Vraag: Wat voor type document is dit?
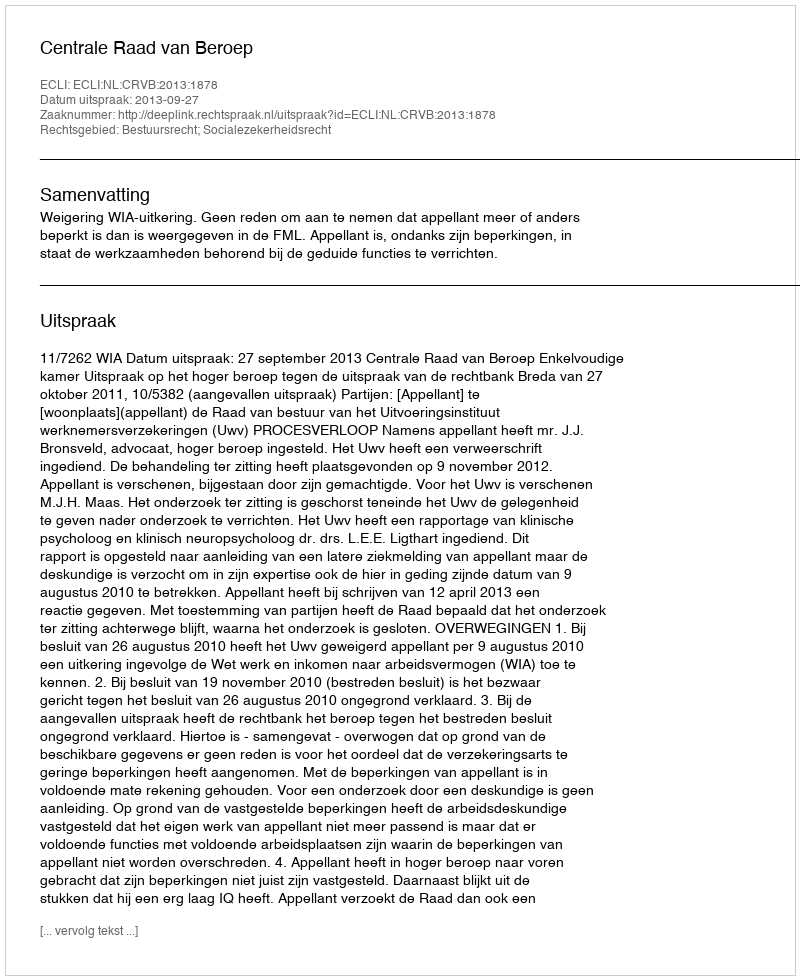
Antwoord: Uitspraak